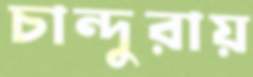
চান্দুরায়